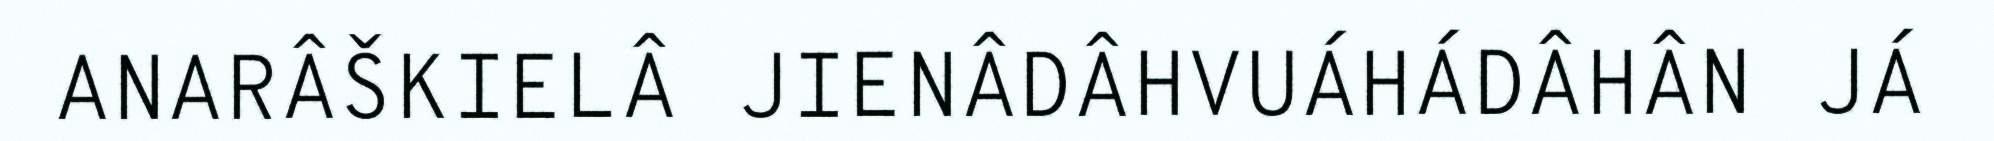
ANARÂŠKIELÂ JIENÂDÂHVUÁHÁDÂHÂN JÁ